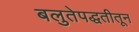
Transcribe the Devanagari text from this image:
बलुतेपद्धतीतून